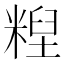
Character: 𰫄